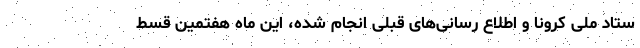
ستاد ملی کرونا و اطلاع رسانی‌های قبلی انجام شده، این ماه هفتمین قسط